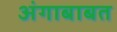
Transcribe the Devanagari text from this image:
अंगाबाबत